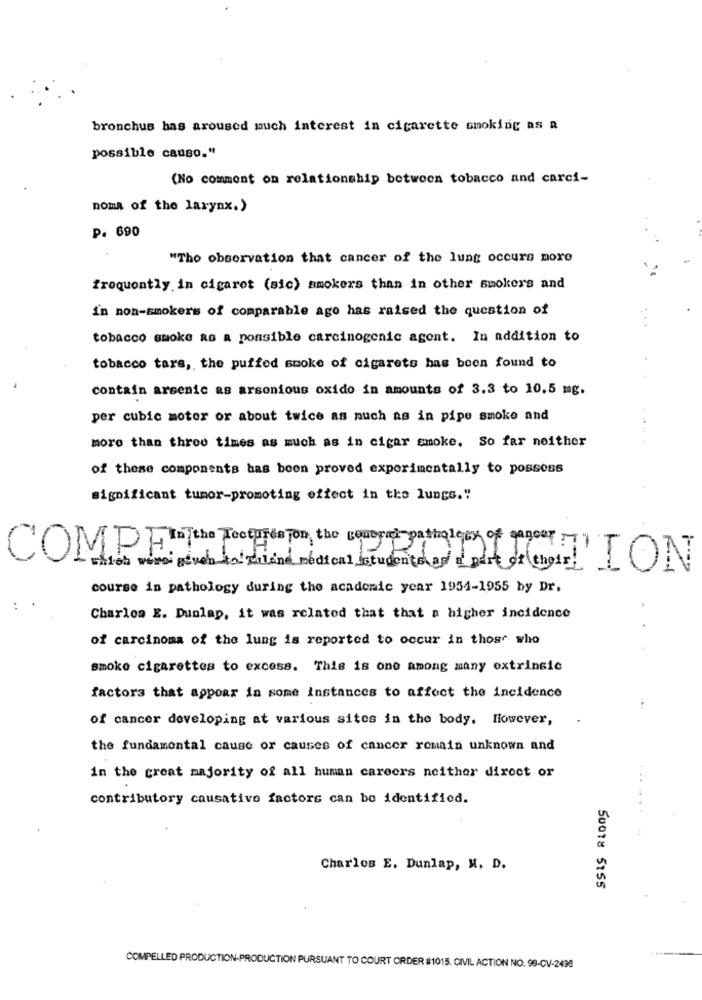
bronchus has aroused much interest in cigarette smoking as a
possible causo."
(No comment on relationship between tobacco and carci-
noma of the larynx.)
P. 690
"Tho observation that cancer of the lung occurs more
frequently in cigaret (sic) smokers than in other smokers and
in non-smokers of comparable ago has raised the question of
tobacco smoke as a ponsible carcinogenic agent. In addition to
tobacco tars, the puffed smoke of cigarets has been found to
contain arsenic as arsonious oxido in amounts of 3.3 to 10,5 mg.
per cubic motor or about twice as much as in pipe smoke and
more than three times as much as in cigar smoke. So far neither
of these components has been proved experimentally to possess
significant tumor-promoting effect in the lungs."
COMP FINThe Tocourse for the coral pathology of cancer 7
estos were given to mind medical students as a part of their! ION
course in pathology during the academic year 1954-1955 by Dr.
Charles E. Dunlap, it was related that that a higher incidence
of carcinoma of the lung is reported to occur in those who
smoke cigarettes to excess. This is one among many extrinsic
factors that appear in some instances to affect the incidence
of cancer developing at various sites in the body. However,
the fundamental cause or causes of cancer romain unknown and
in the great majority of all human careers neither direct or
contributory causative factors can be identified.
Charlos E. Dunlap, M. D.
50018 5155
COMPELLED PRODUCTION-PRODUCTION PURSUANT TO COURT ORDER #1015. CIVIL ACTION NO. 99-CV-2498